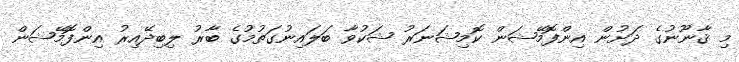
މި ޤާނޫނުގެ ދަށުން އިންފޮމޭޝަން ކޮމިޝަނަރު ޝަކުވާ ބަލައިނުގަތުމުގެ ބާރު ލިބިދޭއިރު އިންފޮމޭޝަން